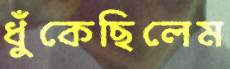
ধুঁকেছিলেম